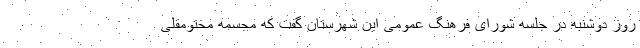
روز دوشنبه در جلسه شورای فرهنگ عمومی این شهرستان گفت که مجسمه مختومقلی